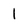
Character: 1